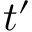
t ^ { \prime }